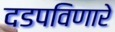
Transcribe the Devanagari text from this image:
दडपविणारे